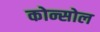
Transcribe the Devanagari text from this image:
कोन्सोल